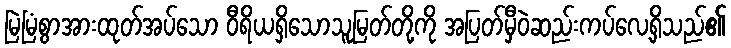
မြဲမြံစွာအားထုတ်အပ်သော ဝီရိယရှိသောသူမြတ်တို့ကို အပြတ်မှီဝဲဆည်းကပ်လေ့ရှိသည်၏